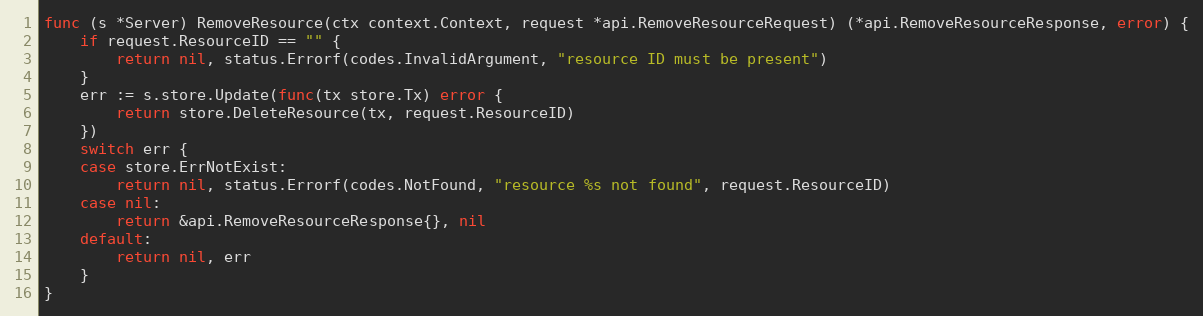
Language: Go
func (s *Server) RemoveResource(ctx context.Context, request *api.RemoveResourceRequest) (*api.RemoveResourceResponse, error) {
	if request.ResourceID == "" {
		return nil, status.Errorf(codes.InvalidArgument, "resource ID must be present")
	}
	err := s.store.Update(func(tx store.Tx) error {
		return store.DeleteResource(tx, request.ResourceID)
	})
	switch err {
	case store.ErrNotExist:
		return nil, status.Errorf(codes.NotFound, "resource %s not found", request.ResourceID)
	case nil:
		return &api.RemoveResourceResponse{}, nil
	default:
		return nil, err
	}
}